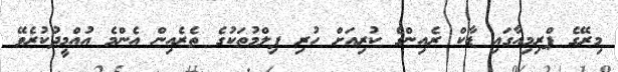
މިރޭގެ ޕްރިމިއާގައި ޑާކް ރެއިންގެ ކުރިއަށް ހުރި ފިލްމުތަކުގެ ތެރެއިން އެންމެ އުއްމީދުކުރެވޭ